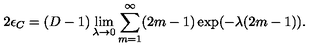
2 \epsilon _ { C } = ( D - 1 ) \lim _ { \lambda \to 0 } \sum _ { m = 1 } ^ { \infty } ( 2 m - 1 ) \exp ( - \lambda ( 2 m - 1 ) ) .